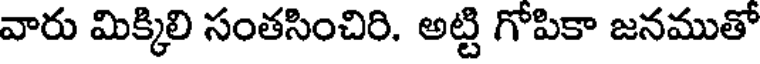
వారు మిక్కిలి సంతసించిరి. అట్టి గోపికా జనముతో